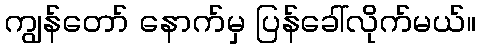
ကျွန်တော် နောက်မှ ပြန်ခေါ်လိုက်မယ်။